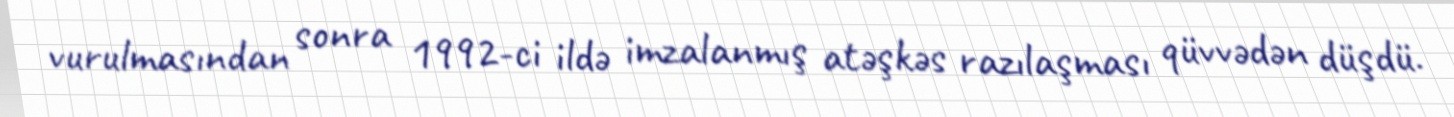
vurulmasından sonra 1992-ci ildə imzalanmış atəşkəs razılaşması qüvvədən düşdü.